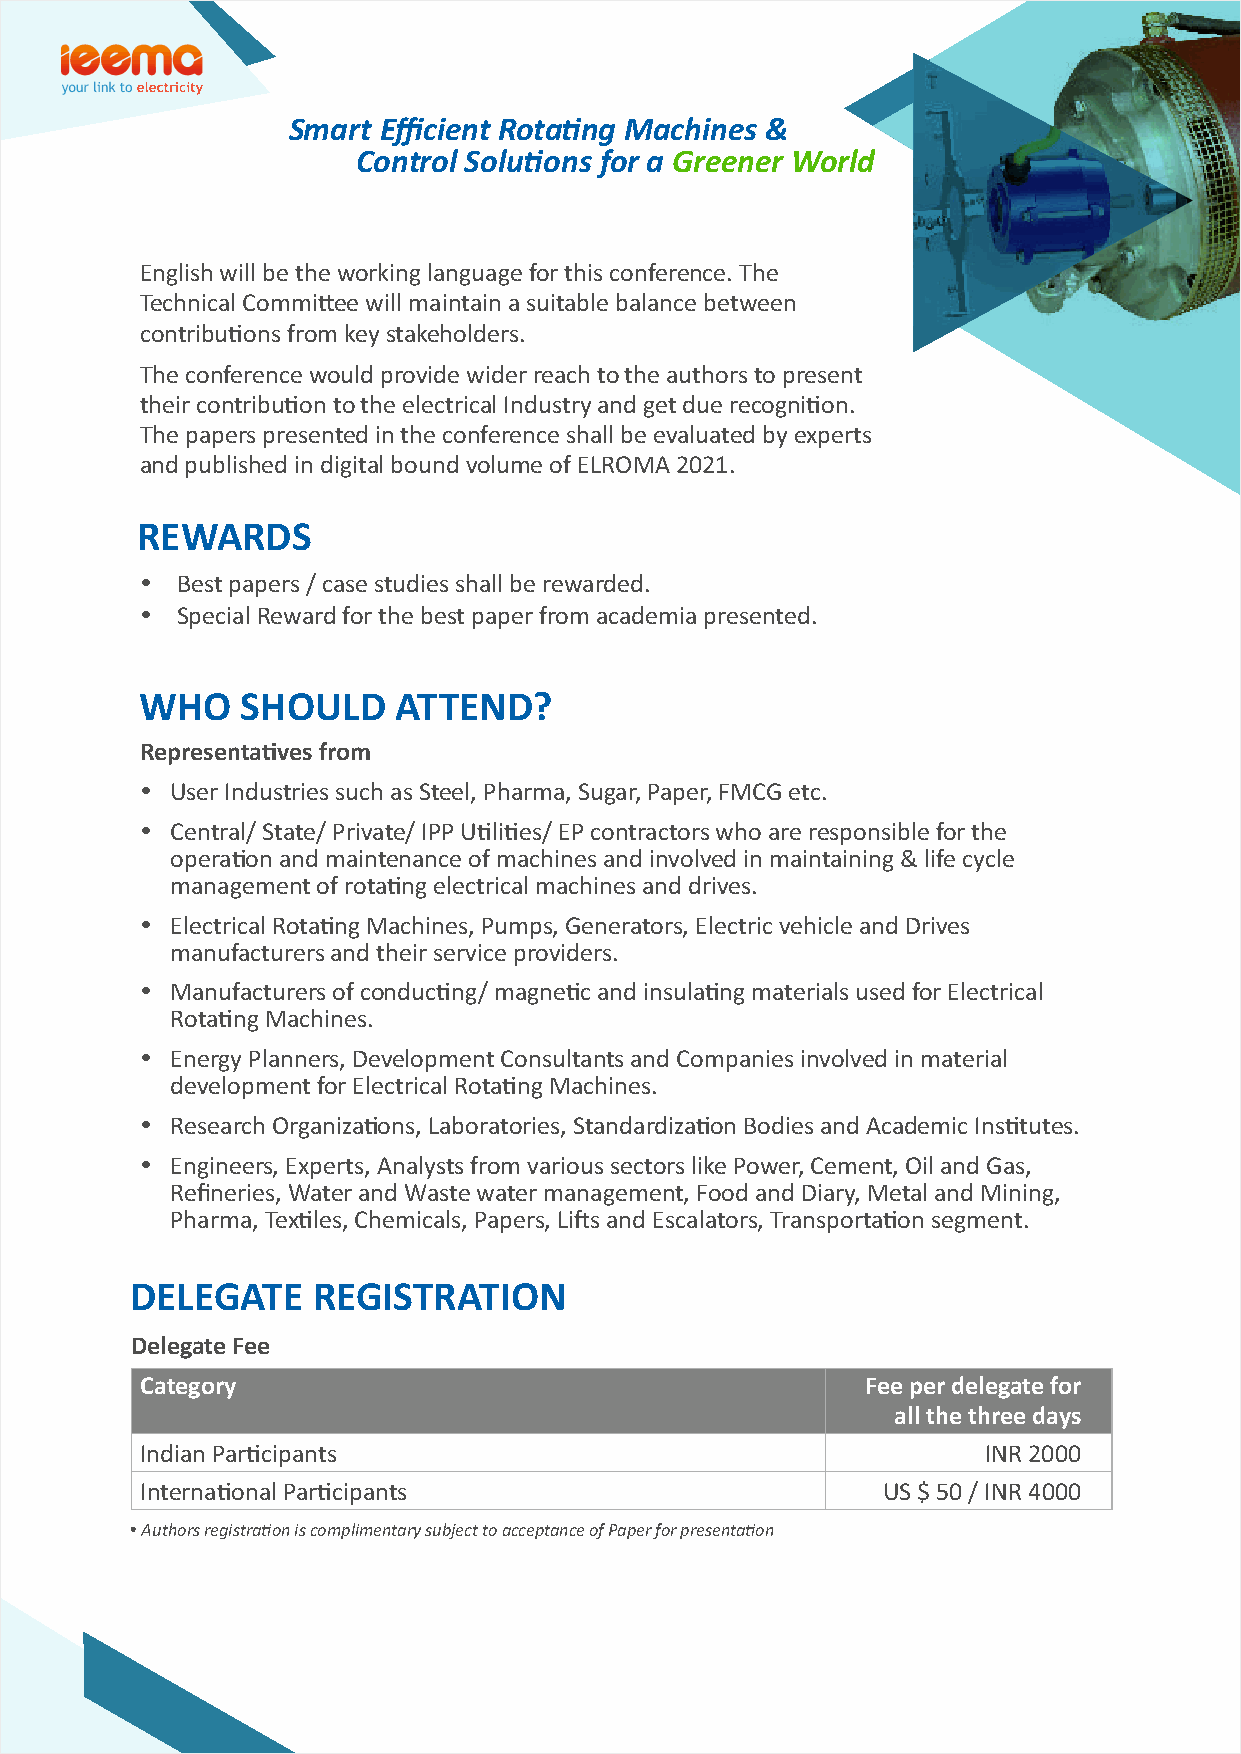
Smart Efficient Rotang Machines &
 Control Soluons for a Greener World
 English will be the working language for this conference. The
 Technical Commiee will maintain a suitable balance between
 contribuons from key stakeholders.
 The conference would provide wider reach to the authors to present
 their contribuon to the electrical Industry and get due recognion.
 The papers presented in the conference shall be evaluated by experts
 and published in digital bound volume of ELROMA 2021.
 REWARDS
 Ÿ  Best papers / case studies shall be rewarded.
 Ÿ  Special Reward for the best paper from academia presented.
 WHO    SHOULD    ATTEND?
 Representaves from
 Ÿ User Industries such as Steel, Pharma, Sugar, Paper, FMCG etc.
 Ÿ Central/ State/ Private/ IPP Ulies/ EP contractors who are responsible for the
 operaon and maintenance of machines and involved in maintaining & life cycle
 management of rotang electrical machines and drives.
 Ÿ Electrical Rotang Machines, Pumps, Generators, Electric vehicle and Drives
 manufacturers and their service providers.
 Ÿ Manufacturers of conducng/ magnec and insulang materials used for Electrical
 Rotang Machines.
 Ÿ Energy Planners, Development Consultants and Companies involved in material
 development for Electrical Rotang Machines.
 Ÿ Research Organizaons, Laboratories, Standardizaon Bodies and Academic Instutes.
 Ÿ Engineers, Experts, Analysts from various sectors like Power, Cement, Oil and Gas,
 Refineries, Water and Waste water management, Food and Diary, Metal and Mining,
 Pharma, Texles, Chemicals, Papers, Lis and Escalators, Transportaon segment.
 DELEGATE    REGISTRATION
 Delegate Fee
 Category                                        Fee per delegate for
 all the three days
 Indian Parcipants                                      INR 2000
 Internaonal Parcipants                         US $ 50 / INR 4000
 Ÿ Authors registraon is complimentary subject to acceptance of Paper for presentaon